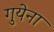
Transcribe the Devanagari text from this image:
गुयेना